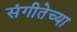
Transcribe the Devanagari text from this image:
संगीतेच्या